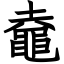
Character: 鼀